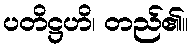
ပတိဋ္ဌဟိ၊ တည်၏။